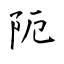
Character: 阨